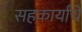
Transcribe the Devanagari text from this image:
सहकार्यांचे